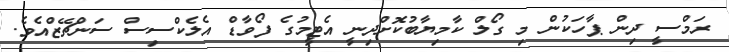
ރަމްސީ ދިން ޕާހަކުން މި ގޯލް ކާމިޔާބުކޮށްދިނީ އެޓީމުގެ ފޯވާޑް އެލެކްސިސް ސަންޗޭޒްއެވެ.